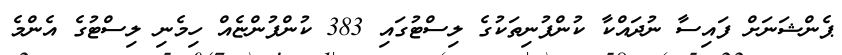
ޕެންޝަނަށް ފައިސާ ނުދައްކާ ކުންފުނިތަކުގެ ލިސްޓުގައި 383 ކުންފުންޏެއް ހިމެނި ލިސްޓުގެ އެންމެ